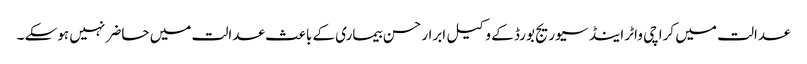
عدالت میں کراچی واٹر اینڈ سیوریج بورڈ کے وکیل ابرار حسن بیماری کے باعث عدالت میں حاضر نہیں ہوسکے ۔